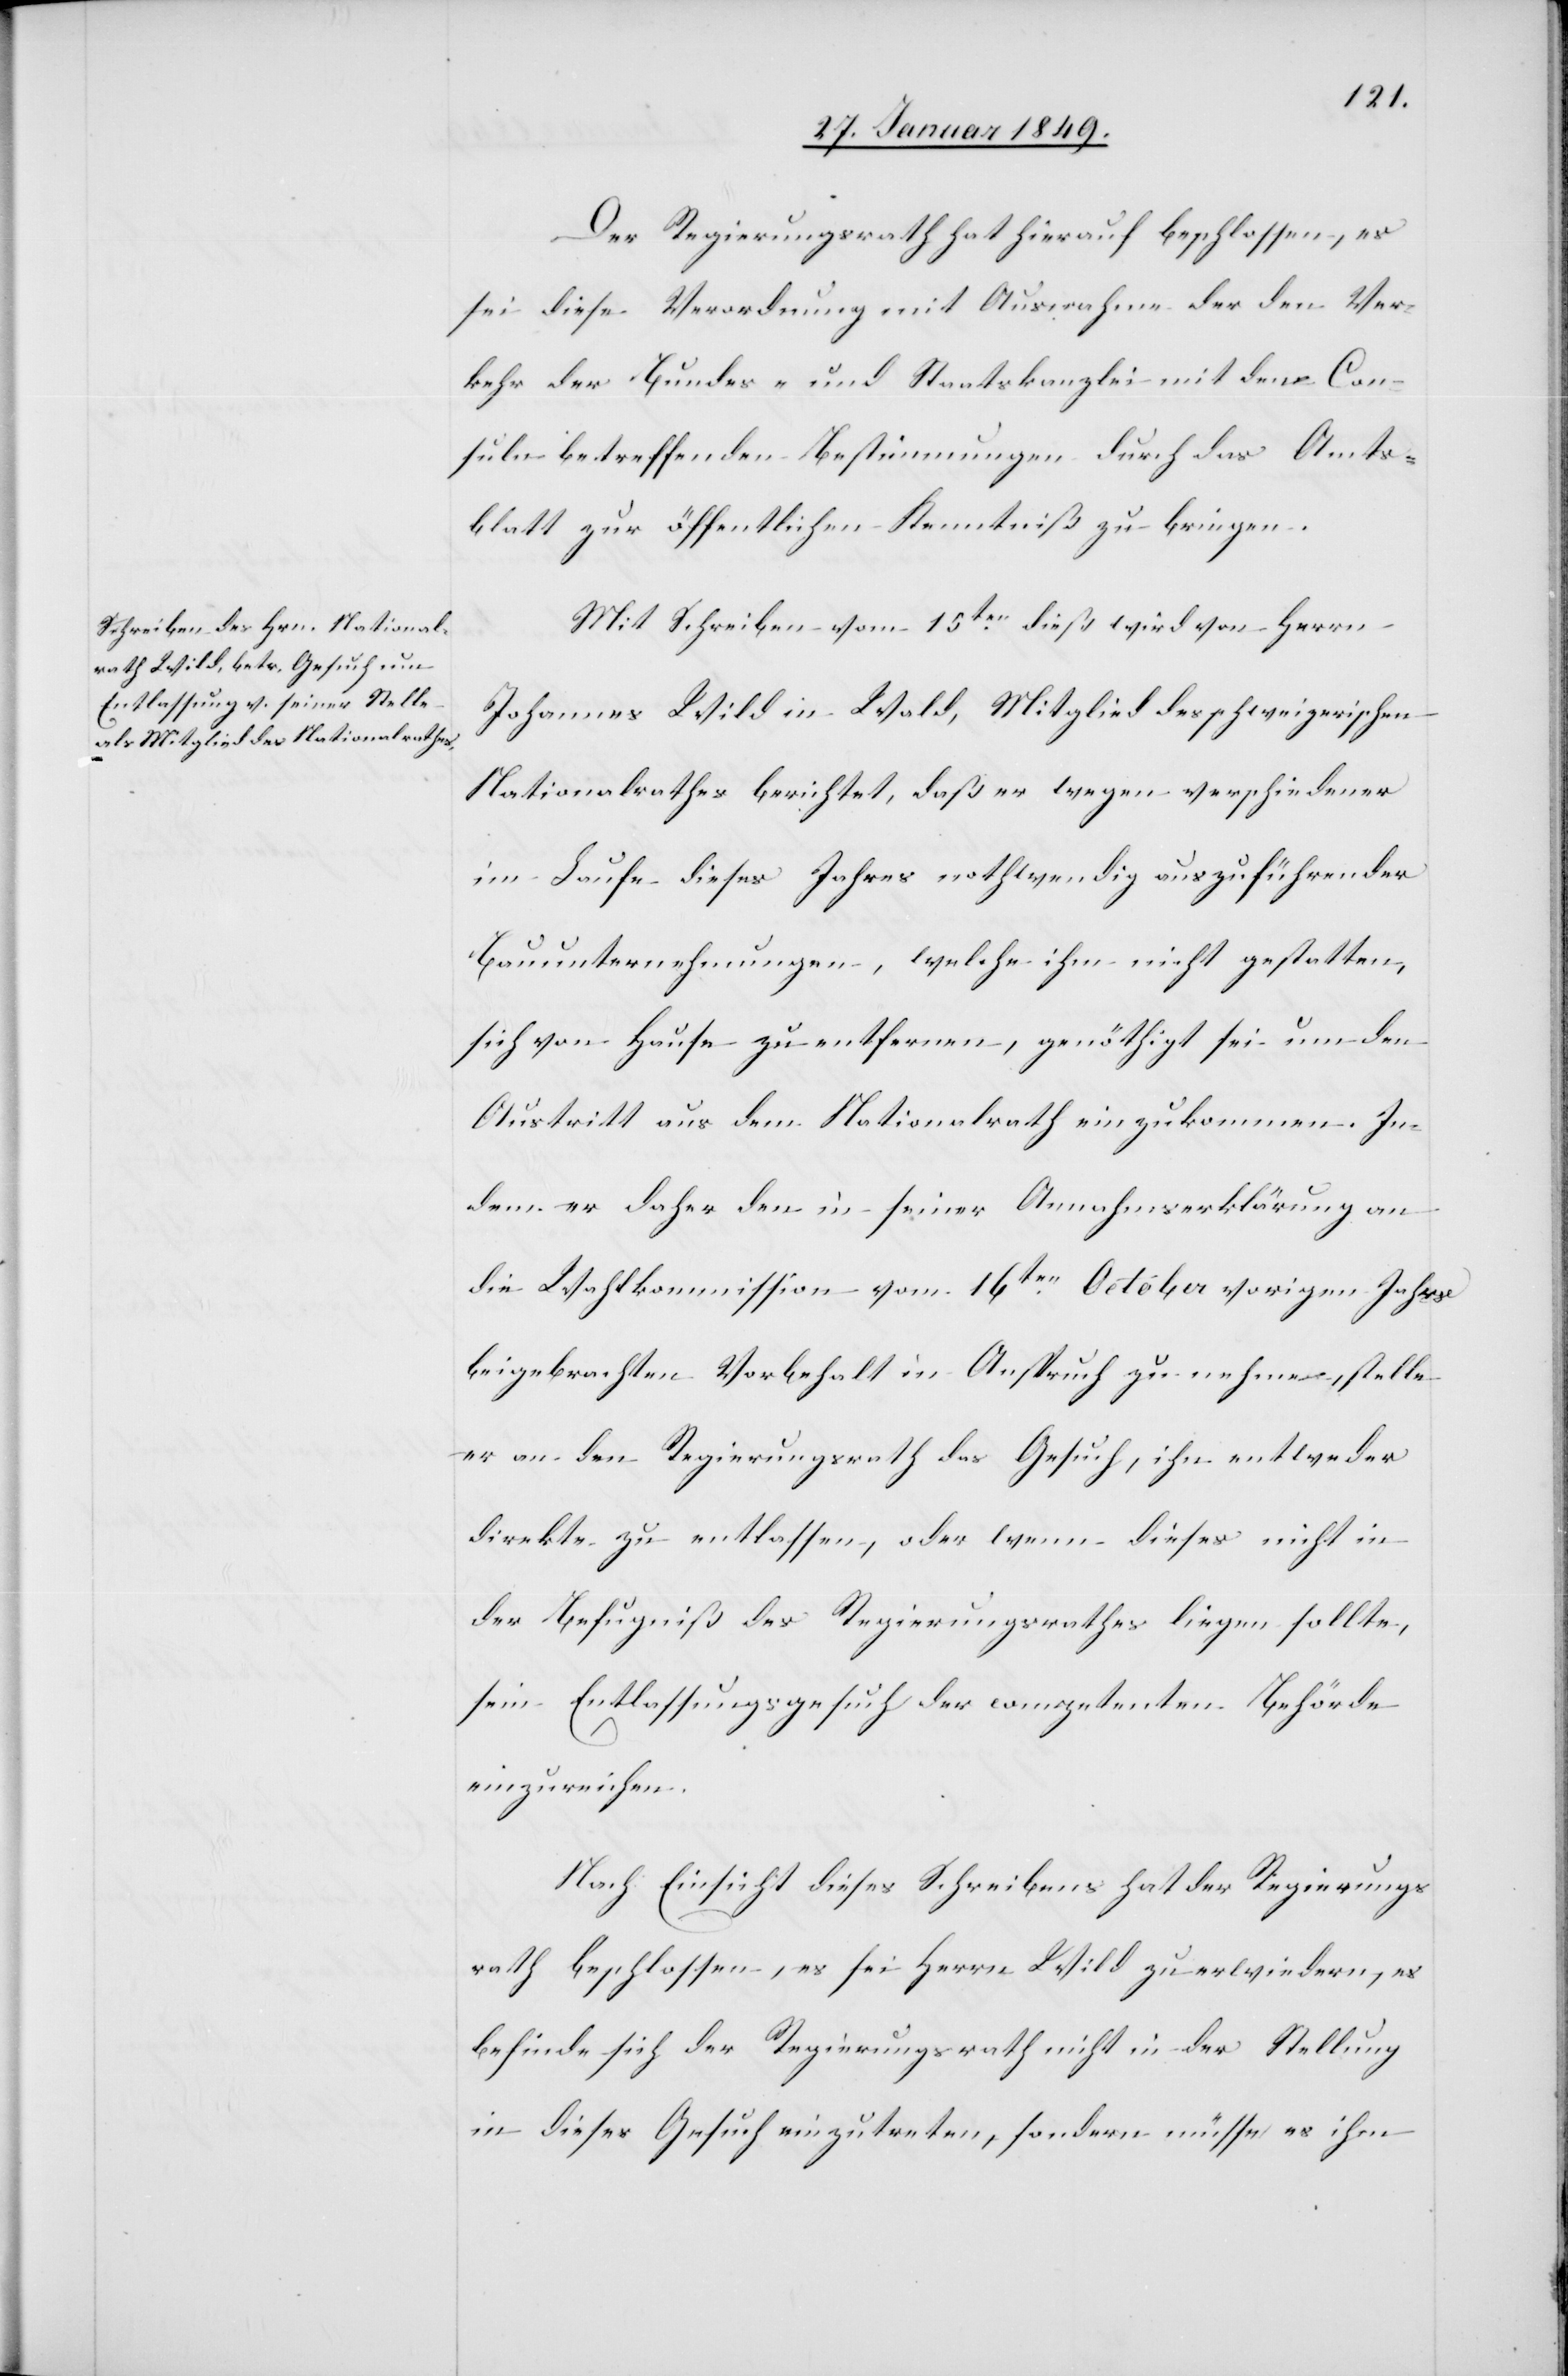
Der Regierungsrath hat hierauf beschlossen, es
sei diese Verordnung mit Ausnahme der den Ver¬
kehr der Bundes- und Staatskanzlei mit den Con¬
suln betreffenden Bestimmungen durch das Amts¬
blatt zur öffentlichen Kenntniß zu bringen.
Mit Schreiben vom 15ten. dieß wird von Herrn
Johannes Wild in Wald, Mitglied des schweizerischen
Nationalrathes berichtet, daß er wegen verschiedener
im Laufe dieses Jahres nothwendig auszuführender
Bauunternehmungen, welche ihm nicht gestatten,
sich von Hause zu entfernen, genöthigt sei um den
Austritt aus dem Nationalrath einzukommen. In¬
dem er daher den in seiner Annahmserklärung an
die Wahlkommission vom 16ten. October vorigen Jahrs
beigebrachten Vorbehalt in Anspruch zu nehme [sic!], stelle
er an den Regierungsrath das Gesuch, ihn entweder
direkte zu entlassen, oder wenn dieses nicht in
der Befugniß des Regierungsrathes liegen sollte,
sein Entlassungsgesuch der competenten Behörde
einzureichen.
Nach Einsicht dieses Schreibens hat der Regierungs¬
rath beschlossen, es sei Herrn Wild zu erwiedern, es
befinde sich der Regierungsrath nicht in der Stellung
in dieses Gesuch einzutreten, sondern müsse es ihm